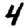
Digit: 4